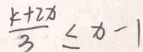
\frac { k + 2 x } { 3 } \leq x - 1